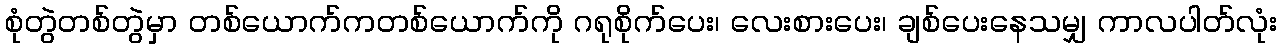
စုံတွဲတစ်တွဲမှာ တစ်ယောက်ကတစ်ယောက်ကို ဂရုစိုက်ပေး၊ လေးစားပေး၊ ချစ်ပေးနေသမျှ ကာလပါတ်လုံး